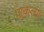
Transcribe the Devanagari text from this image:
पाकल्या